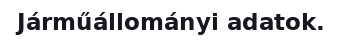
Járműállományi adatok.